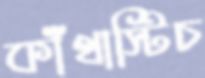
কাঁথাস্টিচ